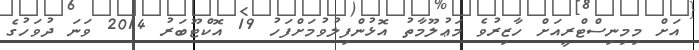
އަށް މިމިނިސްޓްރީއަށް ހާޒިރުވެ މަޢުލޫމާތު އޮޅުންފިލުވުމަށްފަހު 19 އޮކްޓޫބަރު 2014 ވަނަ ދުވަހުގެ